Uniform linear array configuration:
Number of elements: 64
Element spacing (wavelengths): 0.25
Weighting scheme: uniform
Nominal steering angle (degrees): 0
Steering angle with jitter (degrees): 0.7857
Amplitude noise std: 0.05
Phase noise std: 0.05

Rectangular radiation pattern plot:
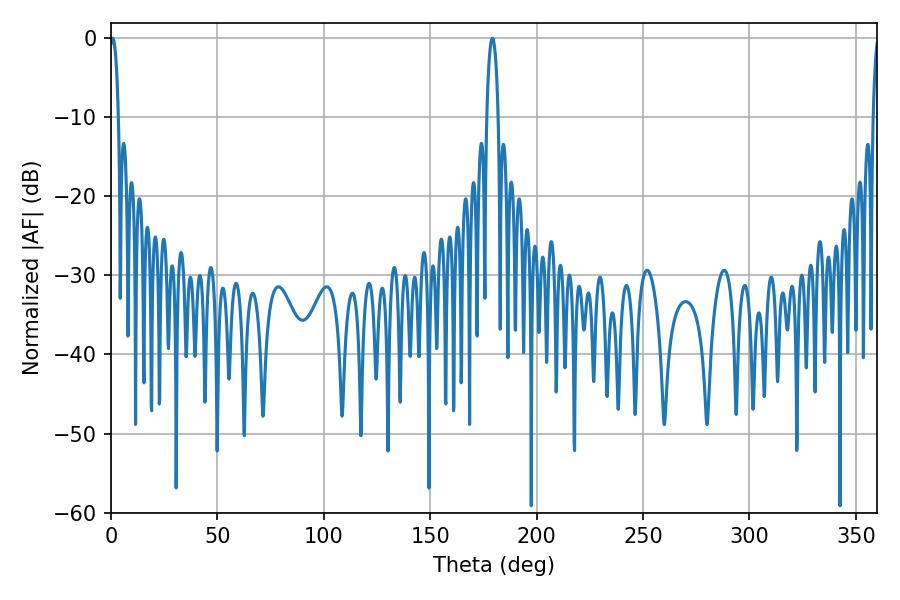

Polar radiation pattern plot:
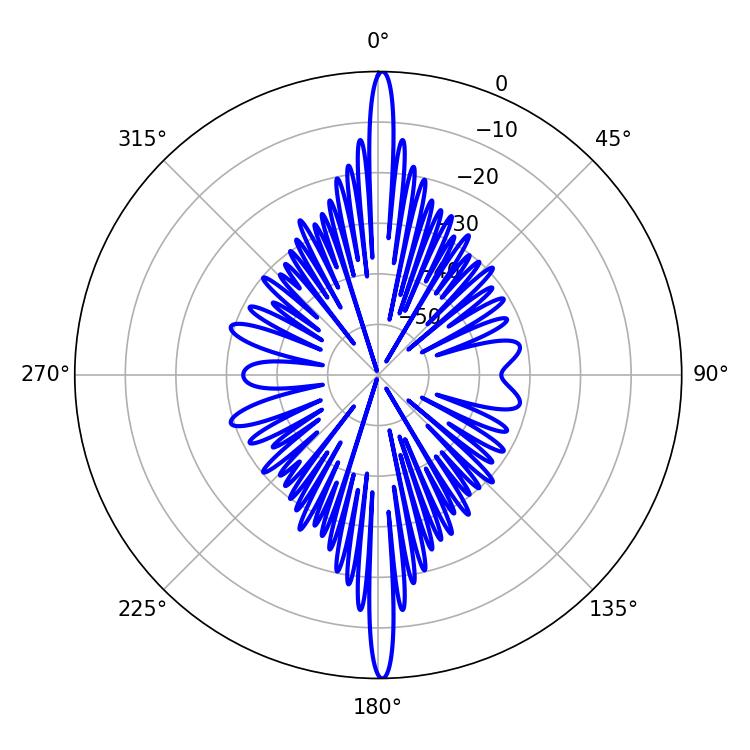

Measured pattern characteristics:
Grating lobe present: FALSE
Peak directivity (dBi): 30.575
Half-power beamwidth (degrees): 2.34
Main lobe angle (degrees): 0.72